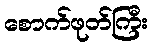
စောက်ဖုတ်ကြီး